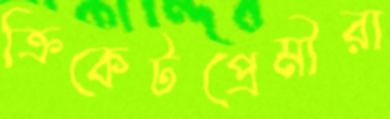
ক্রিকেটপ্রেমীরা